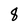
Character: 8